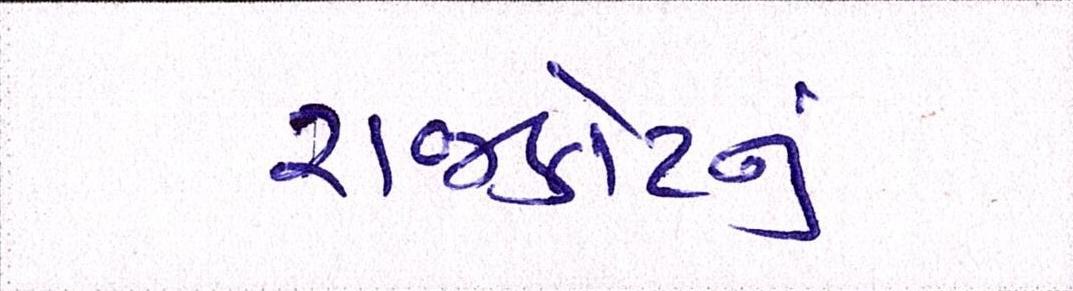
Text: રાજકોટનું